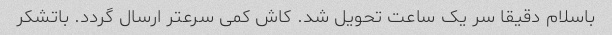
باسلام دقیقا سر یک ساعت تحویل شد. کاش کمی سرعتر ارسال گردد. باتشکر